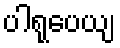
ပါရုပေယျ